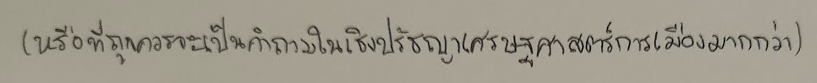
(หรือที่ถูกควรจะเป็นคำถามในเชิงปรัชญาเศรษฐศาสตร์การเมืองมากกว่า)